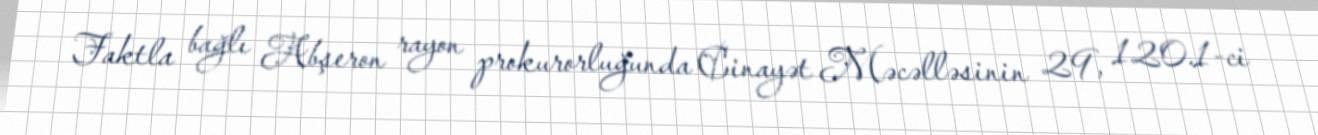
Faktla bağlı Abşeron rayon prokurorluğunda Cinayət Məcəlləsinin 29, 120.1-ci